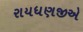
રાયધણજીએ